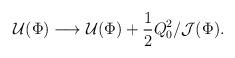
LaTeX: \begin{align*}{\cal U}(\Phi)\longrightarrow{\cal U}(\Phi) + {1\over 2}Q_0^2/{\cal J}(\Phi).\end{align*}